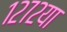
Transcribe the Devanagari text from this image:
१२७२या